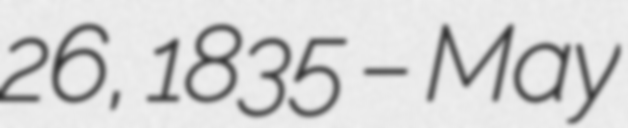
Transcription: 26, 1835 – May